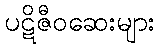
ပဋိဇီဝဆေးများ